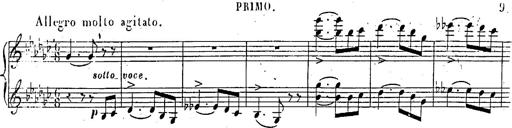
Title: Marche et Cavatine de Lucie de Lammermoor, S.398
Composer: Franz Liszt